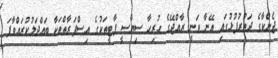
ޖެންކާގެ ދަތުރުފުޅުގައި އޭނާ ވަނީ ރާއްޖޭގެ ހުރިހާ ސިޔާސީ ޕާޓީތަކުގެ އިސްފަރާތްތަކާ ބައްދަލުކުރައްވާފަ